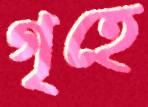
গৃহে